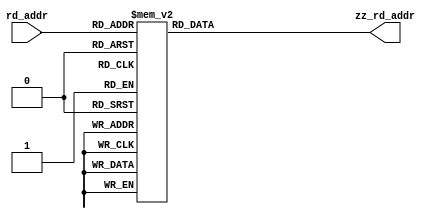
// Generated by MyHDL 0.9dev


`timescale 1ns/10ps

module m_zz_rom (
    rd_addr,
    zz_rd_addr
);


input [5:0] rd_addr;
output [5:0] zz_rd_addr;
reg [5:0] zz_rd_addr;






always @(rd_addr) begin: M_ZZ_ROM_RTL
    case (rd_addr)
        0: zz_rd_addr = 0;
        1: zz_rd_addr = 1;
        2: zz_rd_addr = 8;
        3: zz_rd_addr = 16;
        4: zz_rd_addr = 9;
        5: zz_rd_addr = 2;
        6: zz_rd_addr = 3;
        7: zz_rd_addr = 10;
        8: zz_rd_addr = 17;
        9: zz_rd_addr = 24;
        10: zz_rd_addr = 32;
        11: zz_rd_addr = 25;
        12: zz_rd_addr = 18;
        13: zz_rd_addr = 11;
        14: zz_rd_addr = 4;
        15: zz_rd_addr = 5;
        16: zz_rd_addr = 12;
        17: zz_rd_addr = 19;
        18: zz_rd_addr = 26;
        19: zz_rd_addr = 33;
        20: zz_rd_addr = 40;
        21: zz_rd_addr = 48;
        22: zz_rd_addr = 41;
        23: zz_rd_addr = 34;
        24: zz_rd_addr = 27;
        25: zz_rd_addr = 20;
        26: zz_rd_addr = 13;
        27: zz_rd_addr = 6;
        28: zz_rd_addr = 7;
        29: zz_rd_addr = 14;
        30: zz_rd_addr = 21;
        31: zz_rd_addr = 28;
        32: zz_rd_addr = 35;
        33: zz_rd_addr = 42;
        34: zz_rd_addr = 49;
        35: zz_rd_addr = 56;
        36: zz_rd_addr = 57;
        37: zz_rd_addr = 50;
        38: zz_rd_addr = 43;
        39: zz_rd_addr = 36;
        40: zz_rd_addr = 29;
        41: zz_rd_addr = 22;
        42: zz_rd_addr = 15;
        43: zz_rd_addr = 23;
        44: zz_rd_addr = 30;
        45: zz_rd_addr = 37;
        46: zz_rd_addr = 44;
        47: zz_rd_addr = 51;
        48: zz_rd_addr = 58;
        49: zz_rd_addr = 59;
        50: zz_rd_addr = 52;
        51: zz_rd_addr = 45;
        52: zz_rd_addr = 38;
        53: zz_rd_addr = 31;
        54: zz_rd_addr = 39;
        55: zz_rd_addr = 46;
        56: zz_rd_addr = 53;
        57: zz_rd_addr = 60;
        58: zz_rd_addr = 61;
        59: zz_rd_addr = 54;
        60: zz_rd_addr = 47;
        61: zz_rd_addr = 55;
        62: zz_rd_addr = 62;
        default: zz_rd_addr = 63;
    endcase
end

endmodule